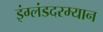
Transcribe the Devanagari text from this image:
इंग्लंडदरम्यान